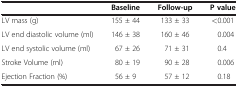
|  | Baseline | Follow-up | P value |
 | --- | --- | --- | --- |
 | LV mass (g) | 155 ± 44 | 133 ± 33 | <0.001 |
 | LV end diastolic volume (ml) | 146 ± 38 | 160 ± 46 | 0.004 |
 | LV end systolic volume (ml) | 67 ± 26 | 71 ± 31 | 0.4 |
 | Stroke Volume (ml) | 80 ± 19 | 90 ± 28 | 0.006 |
 | Ejection Fraction (%) | 56 ± 9 | 57 ± 12 | 0.18 |